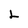
Character: L